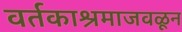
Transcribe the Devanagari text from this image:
वर्तकाश्रमाजवळून